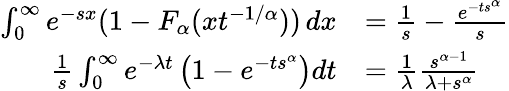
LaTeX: \begin{array}{rl}{\int_{0}^{\infty}e^{-sx}(1-F_{\alpha}(xt^{-1/\alpha}))\, dx}&{=\frac{1}{s}-\frac{e^{-ts^{\alpha}}}{s}}\\ {\frac{1}{s}\int_{0}^{\infty}e^{-\lambda t}\left(1-e^{-ts^{\alpha}}\right)dt}&{=\frac{1}{\lambda}\frac{s^{\alpha-1}}{\lambda+s^{\alpha}}}\end{array}